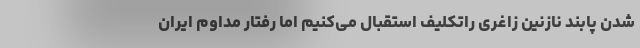
شدن‌ پابند نازنین زاغری راتکلیف استقبال می‌کنیم اما رفتار مداوم ایران